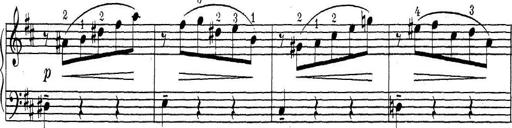
Title: ÄŒeskÃ© Sonatiny
Composer: Various